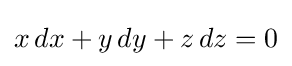
x\,dx+y\,dy+z\,dz=0